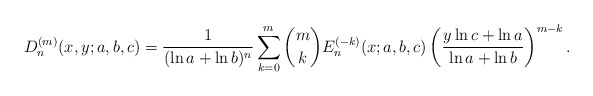
\begin{align*}D^{(m)}_n(x,y;a,b,c)=\frac{1}{(\ln a+\ln b)^n}\sum_{k=0}^m\binom{m}{k}{E}^{(-k)}_n(x;a,b,c)\left(\frac{y\ln c+\ln a}{\ln a +\ln b}\right)^{m-k}.\end{align*}